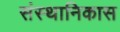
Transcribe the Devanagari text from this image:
संस्थानिकास